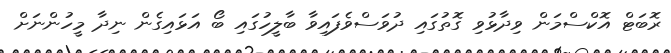
ރޮބަޓް އޮކްސްމަން ވިދާޅުވި ގޮތުގައި ދުވަސްވެފައިވާ ބާލީހުގައި ބޯ އަޅައިގެން ނިދާ މީހުންނަށް